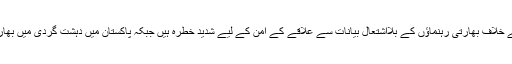
جواب میں کہا گیا کہ پاکستان کے خلاف بھارتی رہنماؤں کے بلااشتعال بیانات سے علاقے کے امن کے لیے شدید خطرہ ہیں جبکہ پاکستان میں دہشت گردی میں بھارت کا ملوث ہونا ایک حقیقت ہے۔